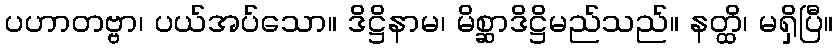
ပဟာတဗ္ဗာ၊ ပယ်အပ်သော။ ဒိဋ္ဌိနာမ၊ မိစ္ဆာဒိဋ္ဌိမည်သည်။ နတ္ထိ၊ မရှိပြီ။